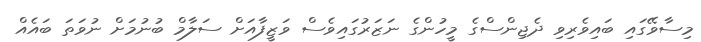
މިސާވޭގައި ބައިވެރިވި ދެޖިންސްގެ މީހުންގެ ނަޒަރުގައިވެސް ވަޒީފާއަށް ސަލާމް ބުނުމަށް ނުވަތަ ބައެއް